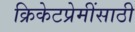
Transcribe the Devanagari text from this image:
क्रिकेटप्रेमींसाठी